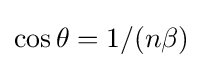
\cos \theta =1/(n\beta )